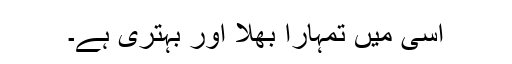
اسی میں تمہارا بھلا اور بہتری ہے۔